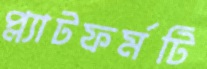
প্ল্যাটফর্মটি